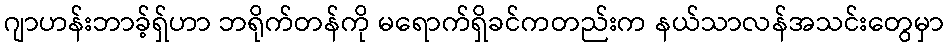
ဂျာဟန်းဘာခ့်ရှ်ဟာ ဘရိုက်တန်ကို မရောက်ရှိခင်ကတည်းက နယ်သာလန်အသင်းတွေမှာ